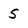
Character: 5